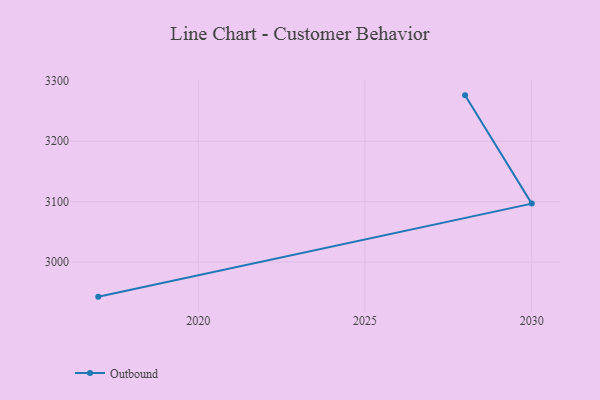
{"axis": {"x": "Year", "y": "Demand Index"}, "legend": ["Outbound"], "data": [{"x": "2017", "y": 2942.7, "type": "Outbound"}, {"x": "2030", "y": 3096.7, "type": "Outbound"}, {"x": "2028", "y": 3275.9, "type": "Outbound"}]}